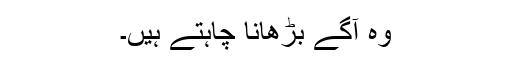
وہ آگے بڑھانا چاہتے ہیں۔